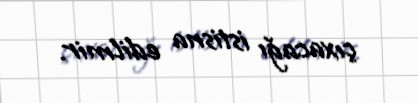
çıxacağı istisna edilmir.